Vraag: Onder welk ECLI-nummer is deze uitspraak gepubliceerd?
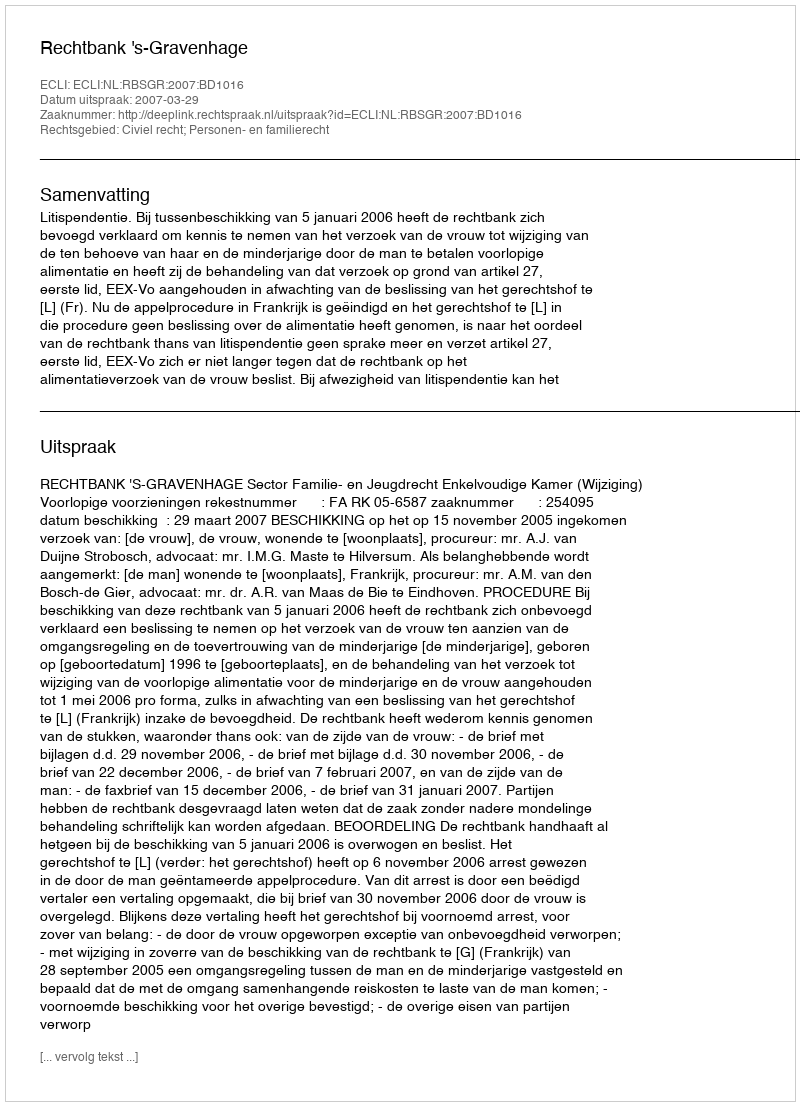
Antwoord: ECLI:NL:RBSGR:2007:BD1016